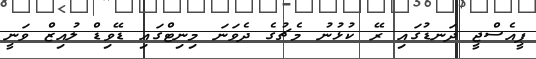
ޕީއެސްޖީ ދަނޑުގައި ރޭ ކުޅުނު މެޗުގެ ދެވަނަ މިނިޓްގައި ޑޭވިޑް ލުއިޒް ވަނީ